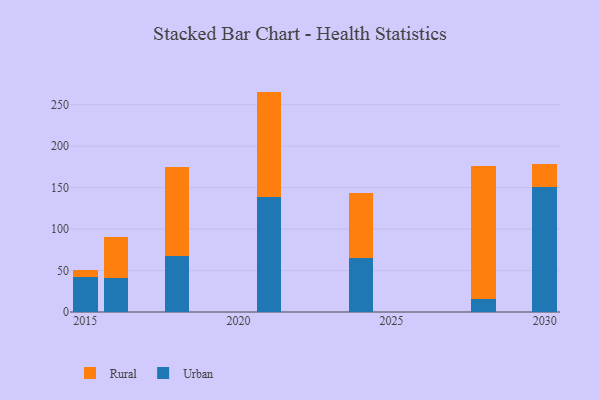
{"axis": {"x": "Year", "y": "Operating Costs (USD K)"}, "legend": ["Rural", "Urban"], "data": [{"x": "2015", "y": 42.0, "type": "Urban"}, {"x": "2015", "y": 8.9, "type": "Rural"}, {"x": "2021", "y": 138.7, "type": "Urban"}, {"x": "2021", "y": 127.1, "type": "Rural"}, {"x": "2030", "y": 151.2, "type": "Urban"}, {"x": "2030", "y": 26.8, "type": "Rural"}, {"x": "2018", "y": 67.3, "type": "Urban"}, {"x": "2018", "y": 107.3, "type": "Rural"}, {"x": "2024", "y": 65.3, "type": "Urban"}, {"x": "2024", "y": 78.1, "type": "Rural"}, {"x": "2028", "y": 15.5, "type": "Urban"}, {"x": "2028", "y": 161.0, "type": "Rural"}, {"x": "2016", "y": 41.4, "type": "Urban"}, {"x": "2016", "y": 48.9, "type": "Rural"}]}